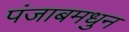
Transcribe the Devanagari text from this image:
पंजाबमधुन